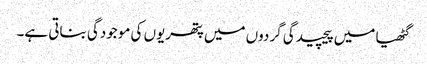
گٹھیا میں پیچیدگی گردوں میں پتھریوں کی موجودگی بناتی ہے۔